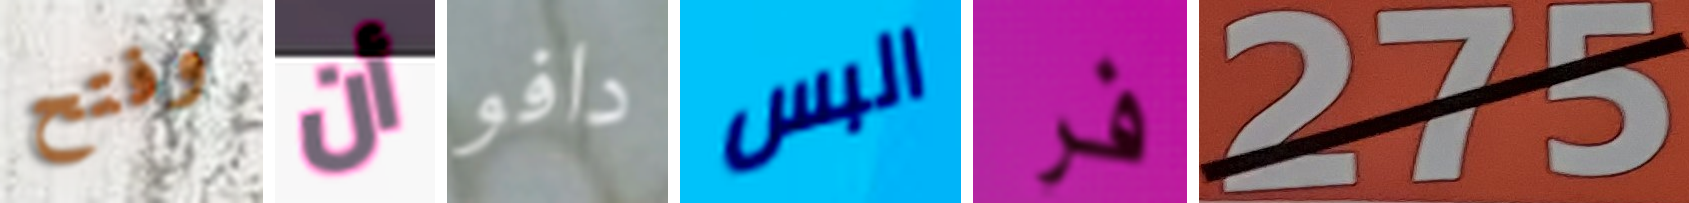
وفتح أن دافو البس فر 275